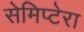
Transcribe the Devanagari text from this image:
सेमिप्टेरा